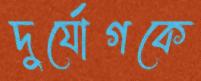
দুর্যোগকে